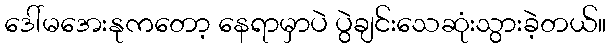
ဒေါ်မအေးနုကတော့ နေရာမှာပဲ ပွဲချင်းသေဆုံးသွားခဲ့တယ်။